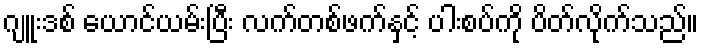
ဂျူးဒစ် ယောင်ယမ်းပြီး လက်တစ်ဖက်နှင့် ပါးစပ်ကို ပိတ်လိုက်သည်။